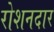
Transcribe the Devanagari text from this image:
रोशनदार